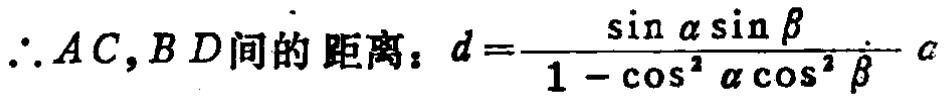
\(\therefore AC,BD间的距离：d = \frac{\sin\alpha\sin\beta}{1 - \cos^{2}\alpha\cos^{2}\beta}c\)